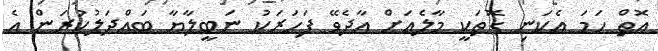
އޮތް ހަމަ އެކަނި ގޮތަކީ މާލެއަށް އާދެވޭ ފަހަރަކު ނަބީލާޔާ ބައްދަލުކުރަން އެ